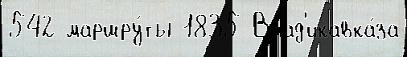
542 маршру́ты 1835 Влад'икавка́за